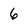
Character: 6